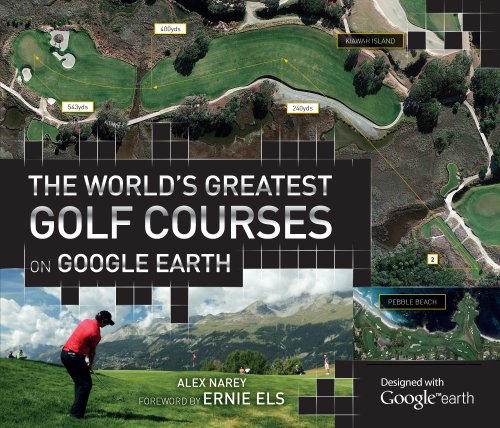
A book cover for The World's Greatest Golf Courses on Google Earth; Alex Narey; Arts & Photography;